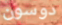
دوسون